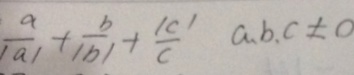
\frac { a } { \vert a \vert } + \frac { b } { \vert b \vert } + \frac { \vert c \vert } { c } a , b , c \pm 0